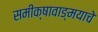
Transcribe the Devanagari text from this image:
समीक्षावाङ्मयाचे